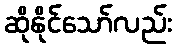
ဆိုနိုင်သော်လည်း